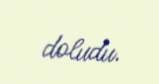
doludu.